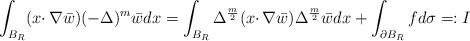
LaTeX: \begin{align*} \int_{B_R}(x\cdotp\nabla\bar{w})(-\Delta)^m\bar{w} dx = \int_{B_R}\Delta^\frac m2(x\cdotp\nabla\bar{w})\Delta^{\frac{m}{2}}\bar{w} dx+\int_{\partial B_R}f d\sigma=: I\end{align*}